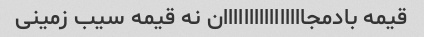
قیمه بادمجاااااااااااااااان نه قیمه سیب زمینی